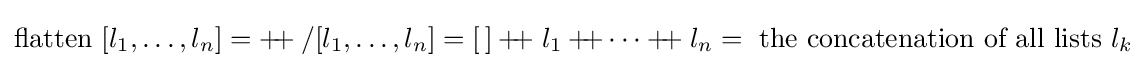
{\rm {flatten}}\ [l_{1},\dots ,l_{n}]=+\!\!\!+/[l_{1},\dots ,l_{n}]=[\,]+\!\!\!+\;l_{1}+\!\!\!+\dots +\!\!\!+\;l_{n}={\text{ the concatenation of all lists }}l_{k}